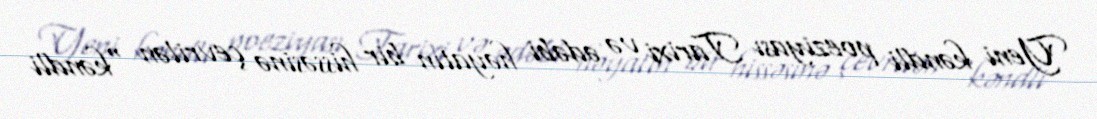
Yeni kəndli poeziyası Tarixi və ədəbi həyatın bir hissəsinə çevrilən "kəndli